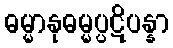
ဓမ္မာနုဓမ္မပ္ပဋိပန္နာ